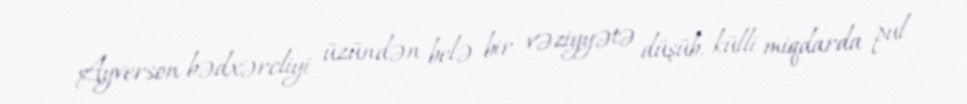
Ayverson bədxərcliyi üzündən belə bir vəziyyətə düşüb, külli miqdarda pul